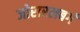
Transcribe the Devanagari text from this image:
जोरारलबर्ग